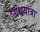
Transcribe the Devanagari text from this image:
ग्रंथयात्रा